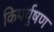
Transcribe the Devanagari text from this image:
किपर्युषण